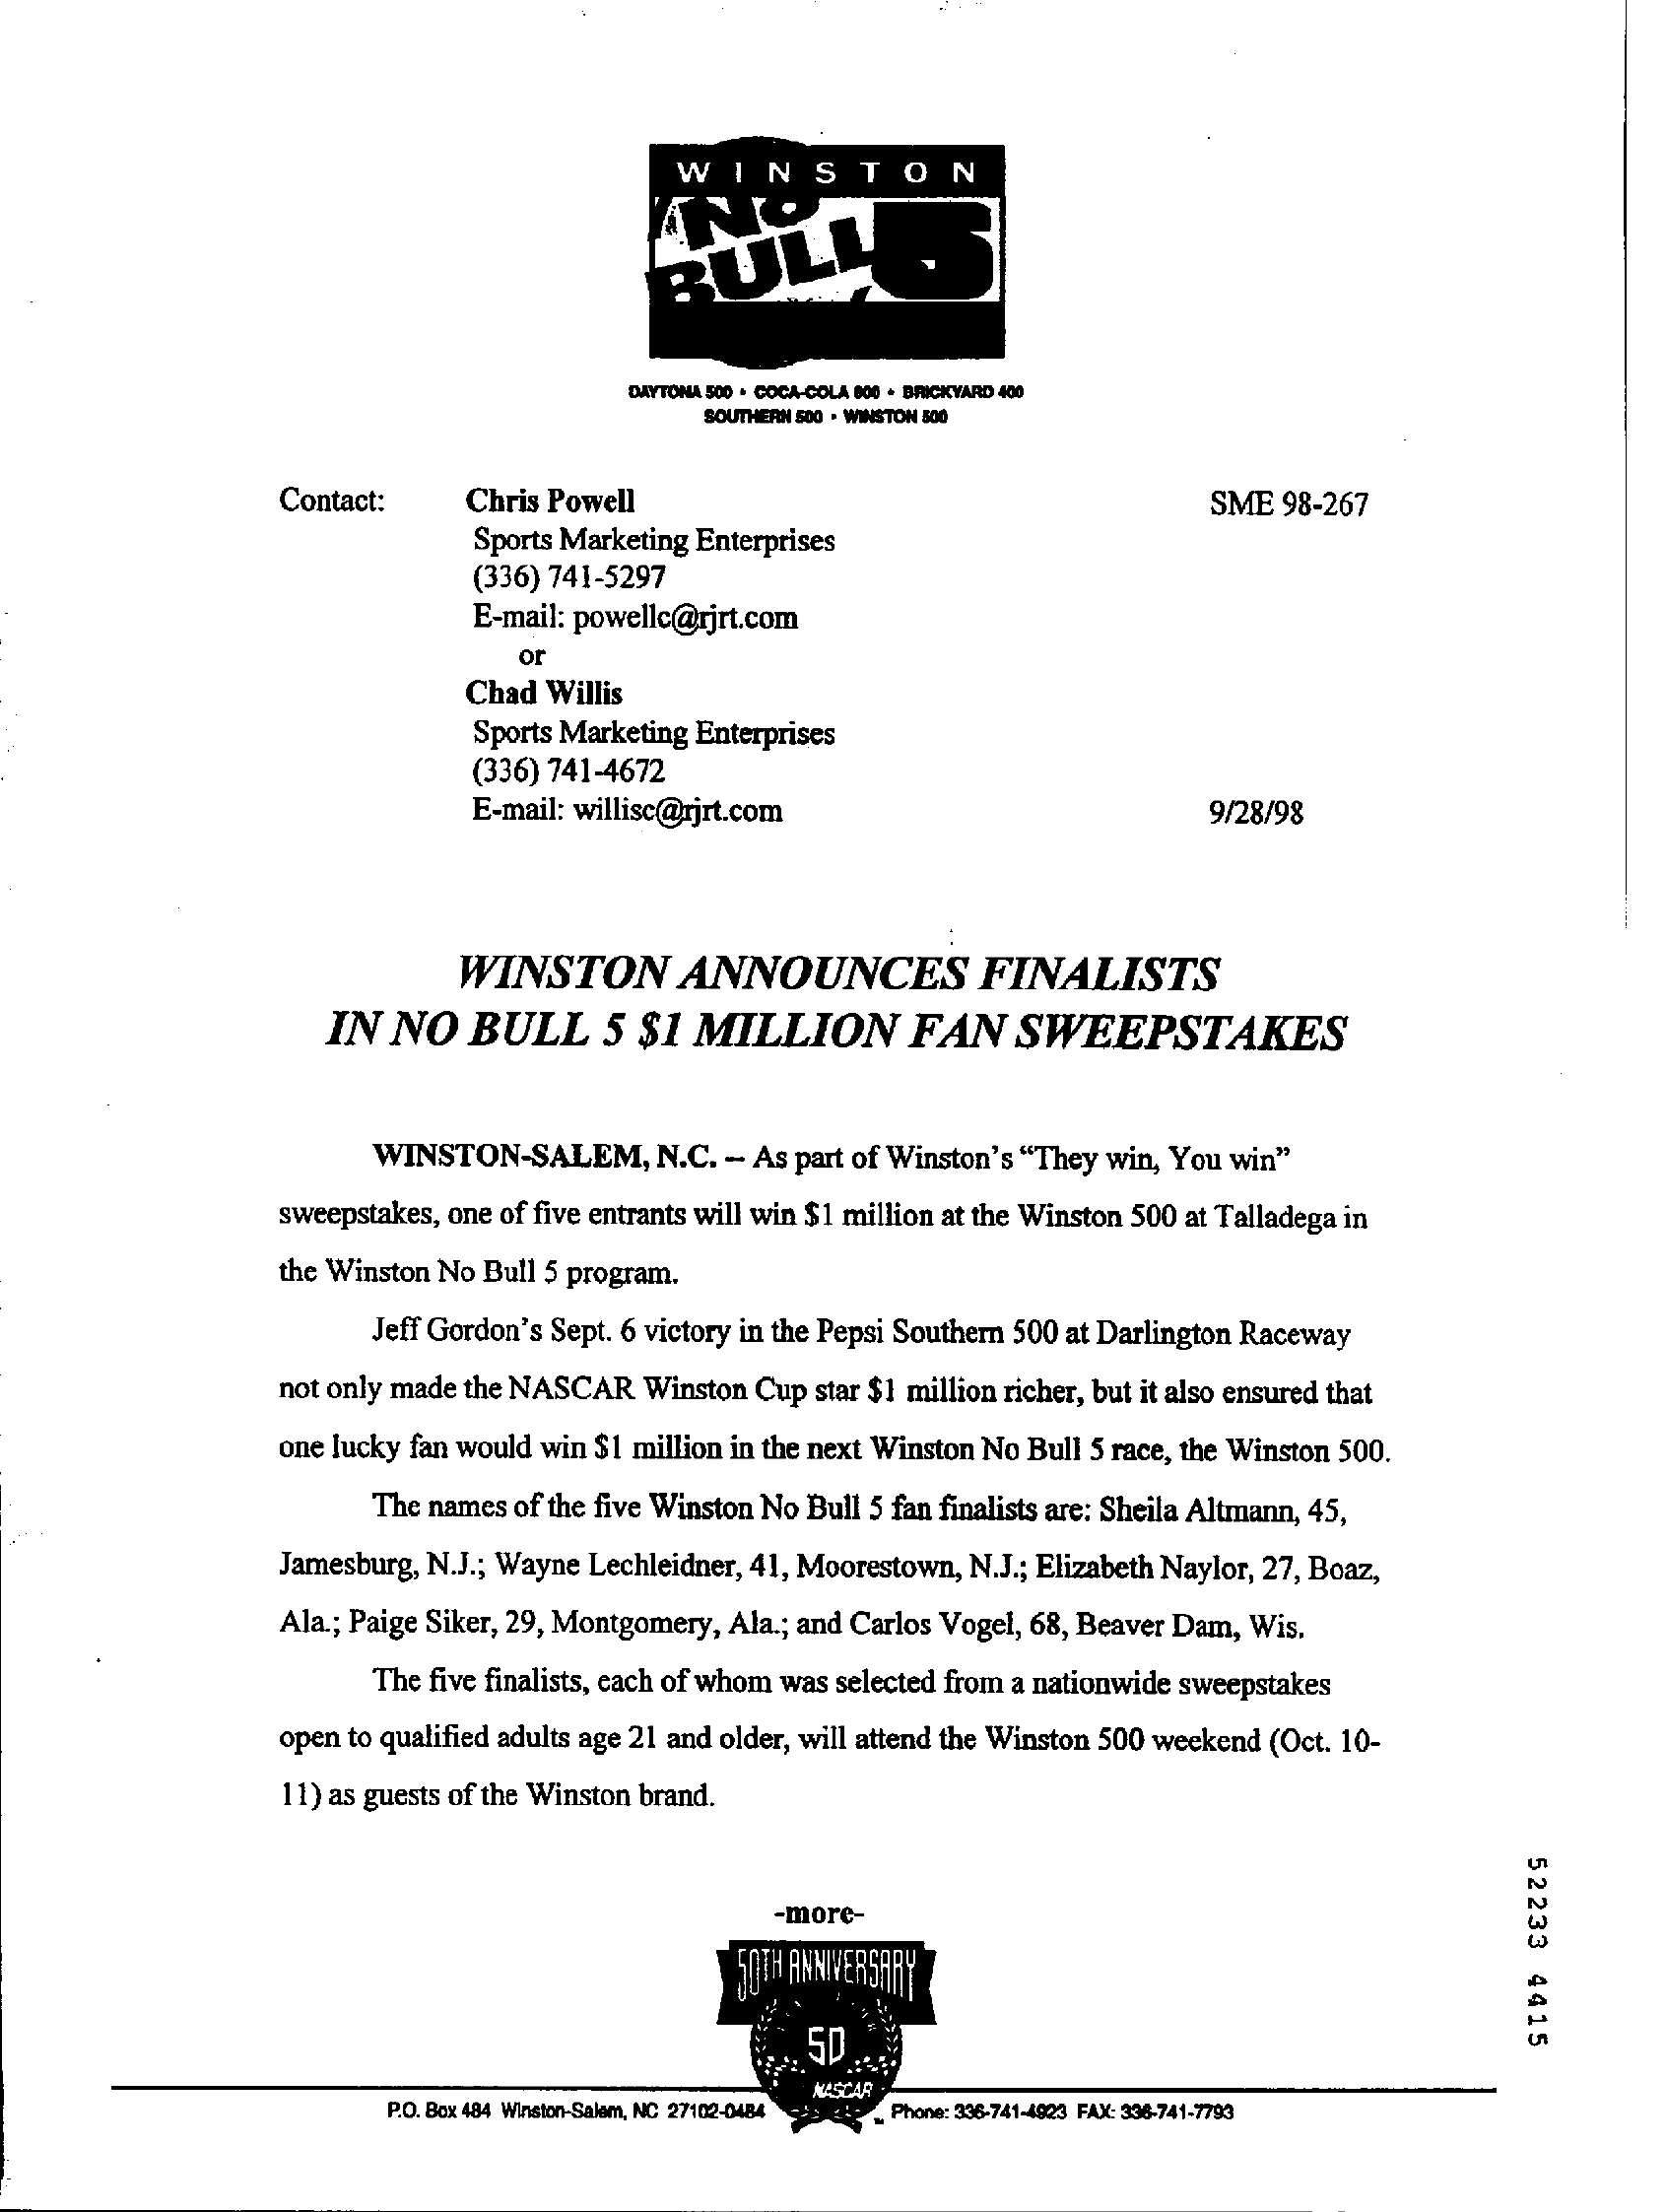
WINSTON
     BULL
     DAYTONA 500 . COCA-COLA 800 . BRICKYARD 400
     SOUTHERN 500 . WINSTON 500
     Contact:    Chris Powell    SME  98-267
     Sports Marketing Enterprises
     (336) 741-5297
     E-mail: powellc@rjrt.com
     or
     Chad Willis
     Sports Marketing Enterprises
     (336) 741-4672
     E-mail: willisc@rjrt.com    9/28/98
     WINSTON    ANNOUNCES    FINALISTS
     IN  NO    BULL    5 $1  MILLION    FAN    SWEEPSTAKES
     WINSTON-SALEM,    N.C. - As part of Winston's "They win, You win"
     sweepstakes, one of five entrants will win $1 million at the Winston 500 at Talladega in
     the Winston No Bull 5 program.
     Jeff Gordon's Sept. 6 victory in the Pepsi Southern 500 at Darlington Raceway
     not only made the NASCAR Winston Cup star $1 million richer, but it also ensured that
     one lucky fan would win $1 million in the next Winston No Bull 5 race, the Winston 500.
     The names of the five Winston No Bull 5 fan finalists are: Sheila Altmann, 45,
     Jamesburg, N.J .; Wayne Lechleidner, 41, Moorestown, N.J .; Elizabeth Naylor, 27, Boaz,
     Ala .; Paige Siker, 29, Montgomery, Ala .; and Carlos Vogel, 68, Beaver Dam, Wis.
     The five finalists, each of whom was selected from a nationwide sweepstakes
     open to qualified adults age 21 and older, will attend the Winston 500 weekend (Oct. 10-
     11) as guests of the Winston brand.
     52233
     4415
     -more-
     50TH ANNIVERSARY
     ..... 50
     P.O. Box 484 Winston-Salem, NC 27102-0484
     NASCAR
     Phone: 336-741-4923 FAX: 336-741-7793